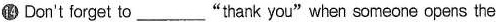
⑭Don't forget to____"thank you"when someone opens the